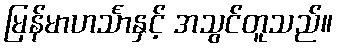
မြန်မာဟင်္သာနှင့် အသွင်တူသည်။